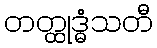
တတ္ထုဒ္ဓံသတီ